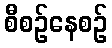
စီစဉ်နေစဉ်